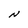
Character: N